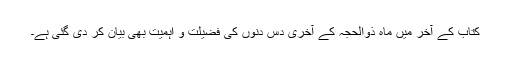
کتاب کے آخر میں ماہ ذوالحجہ کے آخری دس دنوں کی فضیلت و اہمیت بھی بیان کر دی گئی ہے۔